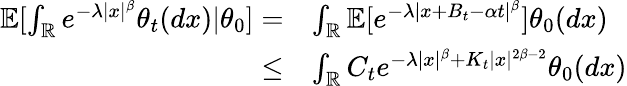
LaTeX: \begin{array}{rl}{\mathbb{E}[\int_{\mathbb{R}}e^{-\lambda|x|^{\beta}}\theta_{t}(dx)\vert\theta_{0}]=}&{\int_{\mathbb{R}}\mathbb{E}[e^{-\lambda|x+B_{t}-\alpha t|^{\beta}}]\theta_{0}(dx)}\\ {\leq}&{\int_{\mathbb{R}}C_{t}e^{-\lambda|x|^{\beta}+K_{t}|x|^{2\beta-2}}\theta_{0}(dx)}\end{array}